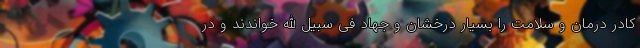
کادر درمان و سلامت را بسیار درخشان و جهاد فی سبیل الله خواندند و در